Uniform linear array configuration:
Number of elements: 8
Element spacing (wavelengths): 1
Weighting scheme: blackman
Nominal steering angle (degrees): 15
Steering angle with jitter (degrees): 15.944
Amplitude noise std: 0.05
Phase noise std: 0.05

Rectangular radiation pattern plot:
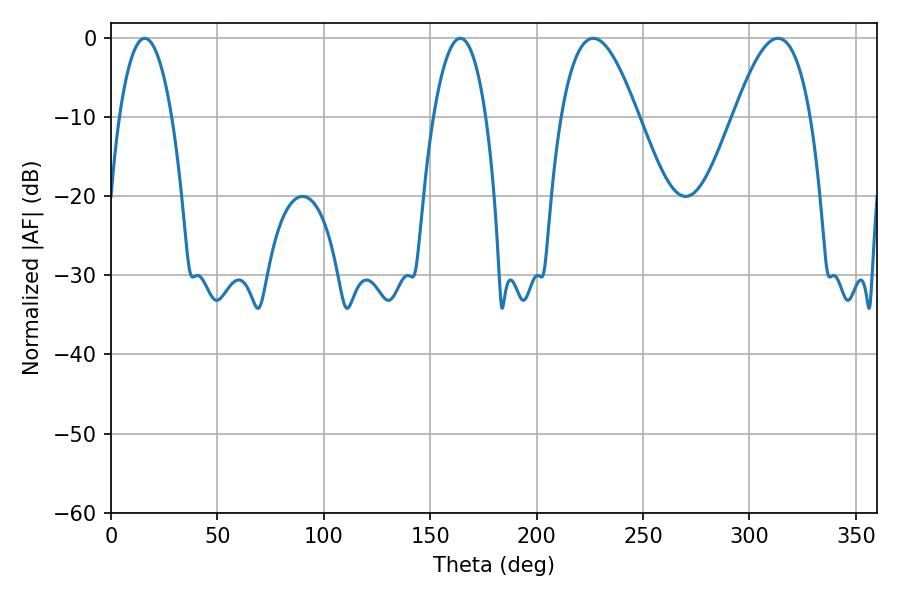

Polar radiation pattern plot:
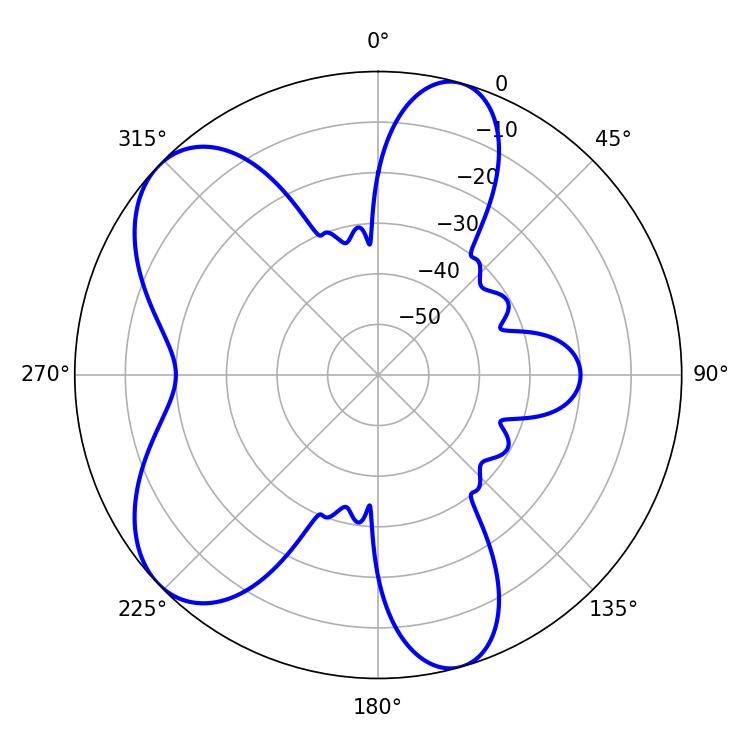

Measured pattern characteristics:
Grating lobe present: TRUE
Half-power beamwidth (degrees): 19.62
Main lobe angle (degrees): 226.62